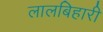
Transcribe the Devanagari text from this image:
लालबिहारी